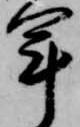
軍